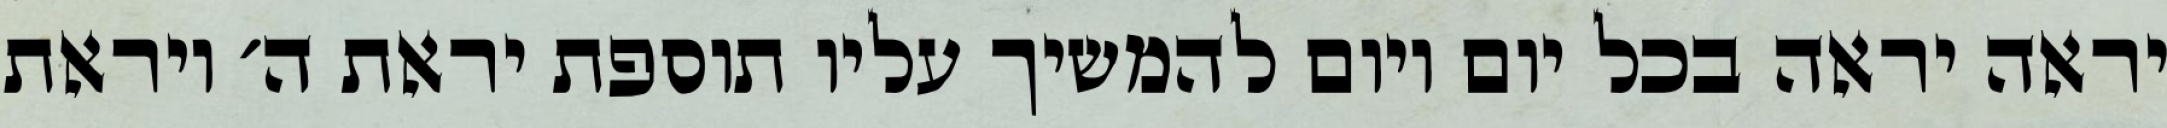
יראה יראה בכל יום ויום להמשיך עליו תוספת יראת ה׳ ויראת